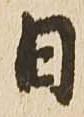
日